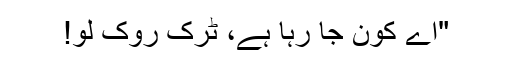
"اے کون جا رہا ہے، ٹرک روک لو!